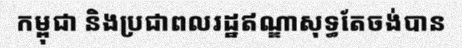
កម្ពុជា និងប្រជាពលរដ្ឋឥណ្ឌាសុទ្ធតែចង់បាន